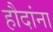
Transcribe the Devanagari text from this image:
हौदांना